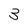
Character: 3